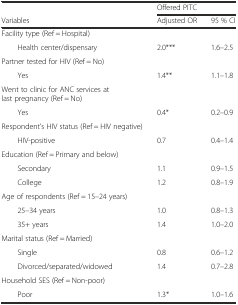
|  | <COLSPAN=2> Offered PITC |
 | Variables | Adjusted OR | 95 % CI |
 | --- | --- | --- |
 | Facility type (Ref = Hospital) |  |  |
 | Health center/dispensary | 2.0*** | 1.6–2.5 |
 | Partner tested for HIV (Ref = No) |  |  |
 | Yes | 1.4** | 1.1–1.8 |
 | Went to clinic for ANC services at last pregnancy (Ref = No) |  |  |
 | Yes | 0.4* | 0.2–0.9 |
 | Respondent’s HIV status (Ref = HIV negative) |  |  |
 | HIV-positive | 0.7 | 0.4–1.4 |
 | Education (Ref = Primary and below) |  |  |
 | Secondary | 1.1 | 0.9–1.5 |
 | College | 1.2 | 0.8–1.9 |
 | Age of respondents (Ref = 15–24 years) |  |  |
 | 25–34 years | 1.0 | 0.8–1.3 |
 | 35+ years | 1.4 | 1.0–2.0 |
 | Marital status (Ref = Married) |  |  |
 | Single | 0.8 | 0.6–1.2 |
 | Divorced/separated/widowed | 1.4 | 0.7–2.8 |
 | Household SES (Ref = Non-poor) |  |  |
 | Poor | 1.3* | 1.0–1.6 |